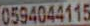
0594044115